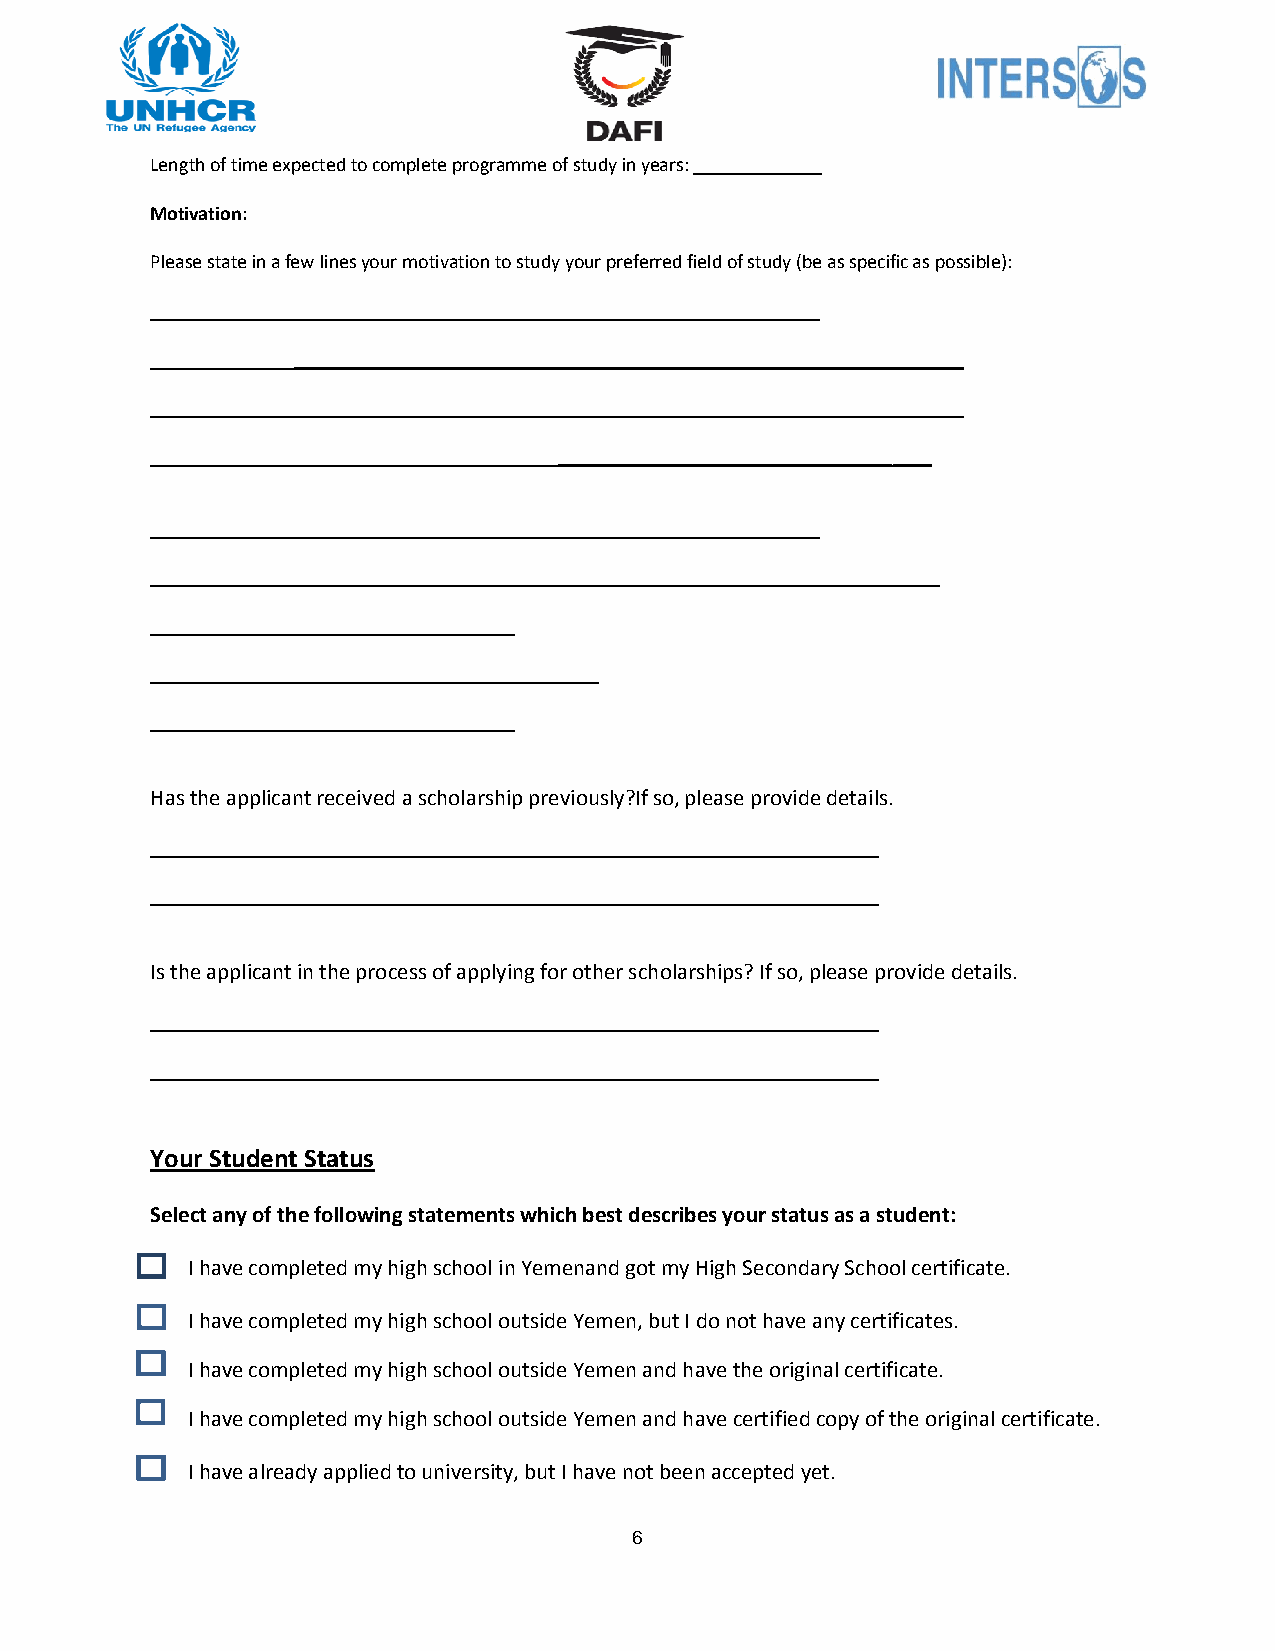
Length of time expected to complete programme of study in years: _____________
 Motivation:
 Please state in a few lines your motivation to study your preferred field of study (be as specific as possible):
 ____________________________________________________________________
 ____________________________________________________________________
 ____________________________________________________________________
 ______________________________________
 ____________________________________________________________________
 _______________________________
 _____________________________________
 _______________________________
 _____________________________________
 Has the applicant received a scholarship previously?If so, please provide details.
 __________________________________________________________________________
 __________________________________________________________________________
 Is the applicant in the process of applying for other scholarships? If so, please provide details.
 __________________________________________________________________________
 __________________________________________________________________________
 Your Student Status
 Select any of the following statements which best describes your status as a student:
 I have completed my high school in Yemenand got my High Secondary School certificate.
 I have completed my high school outside Yemen, but I do not have any certificates.
 I have completed my high school outside Yemen and have the original certificate.
 I have completed my high school outside Yemen and have certified copy of the original certificate.
 I have already applied to university, but I have not been accepted yet.
 6